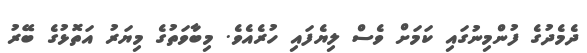
ދެމެދުގެ ފުންމިނުގައި ކަމަށް ވެސް ލިޔެފައި ހުރެއެވެ. މިބާވަތުގެ މިޔަރު އަތޮޅުގެ ބޭރު